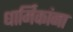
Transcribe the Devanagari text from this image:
धार्मिकांना